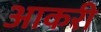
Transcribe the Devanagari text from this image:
आकरी